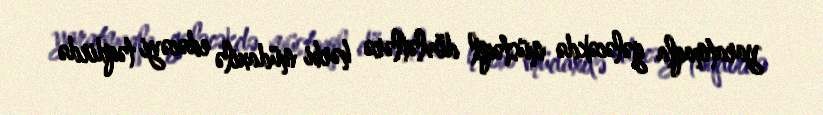
yaratmaqla gələcəkdə müstəqil dövlətlərə hərbi müdaxilə edəcəyi təqdirdə